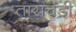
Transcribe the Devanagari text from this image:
ताराचंडी